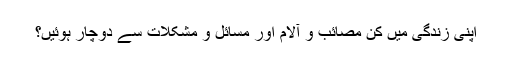
اپنی زندگی میں کن مصائب و آلام اور مسائل و مشکلات سے دوچار ہوئیں؟